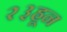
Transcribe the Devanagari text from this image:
२३हून